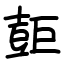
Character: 壾